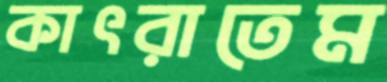
কাৎরাতেম